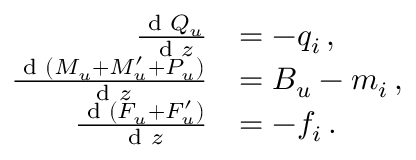
\begin{array} { r l } { \frac { \textnormal { d } Q _ { u } } { \textnormal { d } z } } & { = - q _ { i } \, , } \\ { \frac { \textnormal { d } ( M _ { u } + M _ { u } ^ { \prime } + P _ { u } ) } { \textnormal { d } z } } & { = B _ { u } - m _ { i } \, , } \\ { \frac { \textnormal { d } ( F _ { u } + F _ { u } ^ { \prime } ) } { \textnormal { d } z } } & { = - f _ { i } \, . } \end{array}